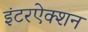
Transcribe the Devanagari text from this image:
इंटरऐक्शन